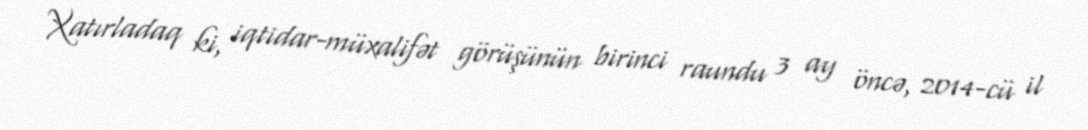
Xatırladaq ki, iqtidar-müxalifət görüşünün birinci raundu 3 ay öncə, 2014-cü il